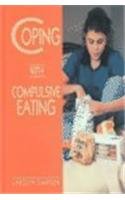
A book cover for Coping with Compulsive Eating; Carolyn Simpson; Health, Fitness & Dieting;